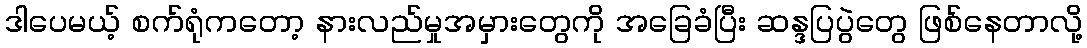
ဒါပေမယ့် စက်ရုံကတော့ နားလည်မှုအမှားတွေကို အခြေခံပြီး ဆန္ဒပြပွဲတွေ ဖြစ်နေတာလို့